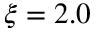
\xi = 2 . 0